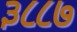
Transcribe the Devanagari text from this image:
३८८७